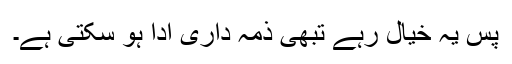
پس یہ خیال رہے تبھی ذمہ داری ادا ہو سکتی ہے۔